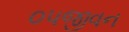
૦૫જીવન